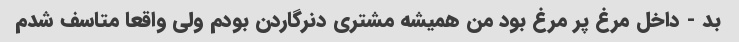
بد - داخل مرغ پر مرغ بود من همیشه مشتری دنرگاردن بودم ولی واقعا متاسف شدم